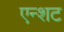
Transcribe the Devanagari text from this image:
एन्शट